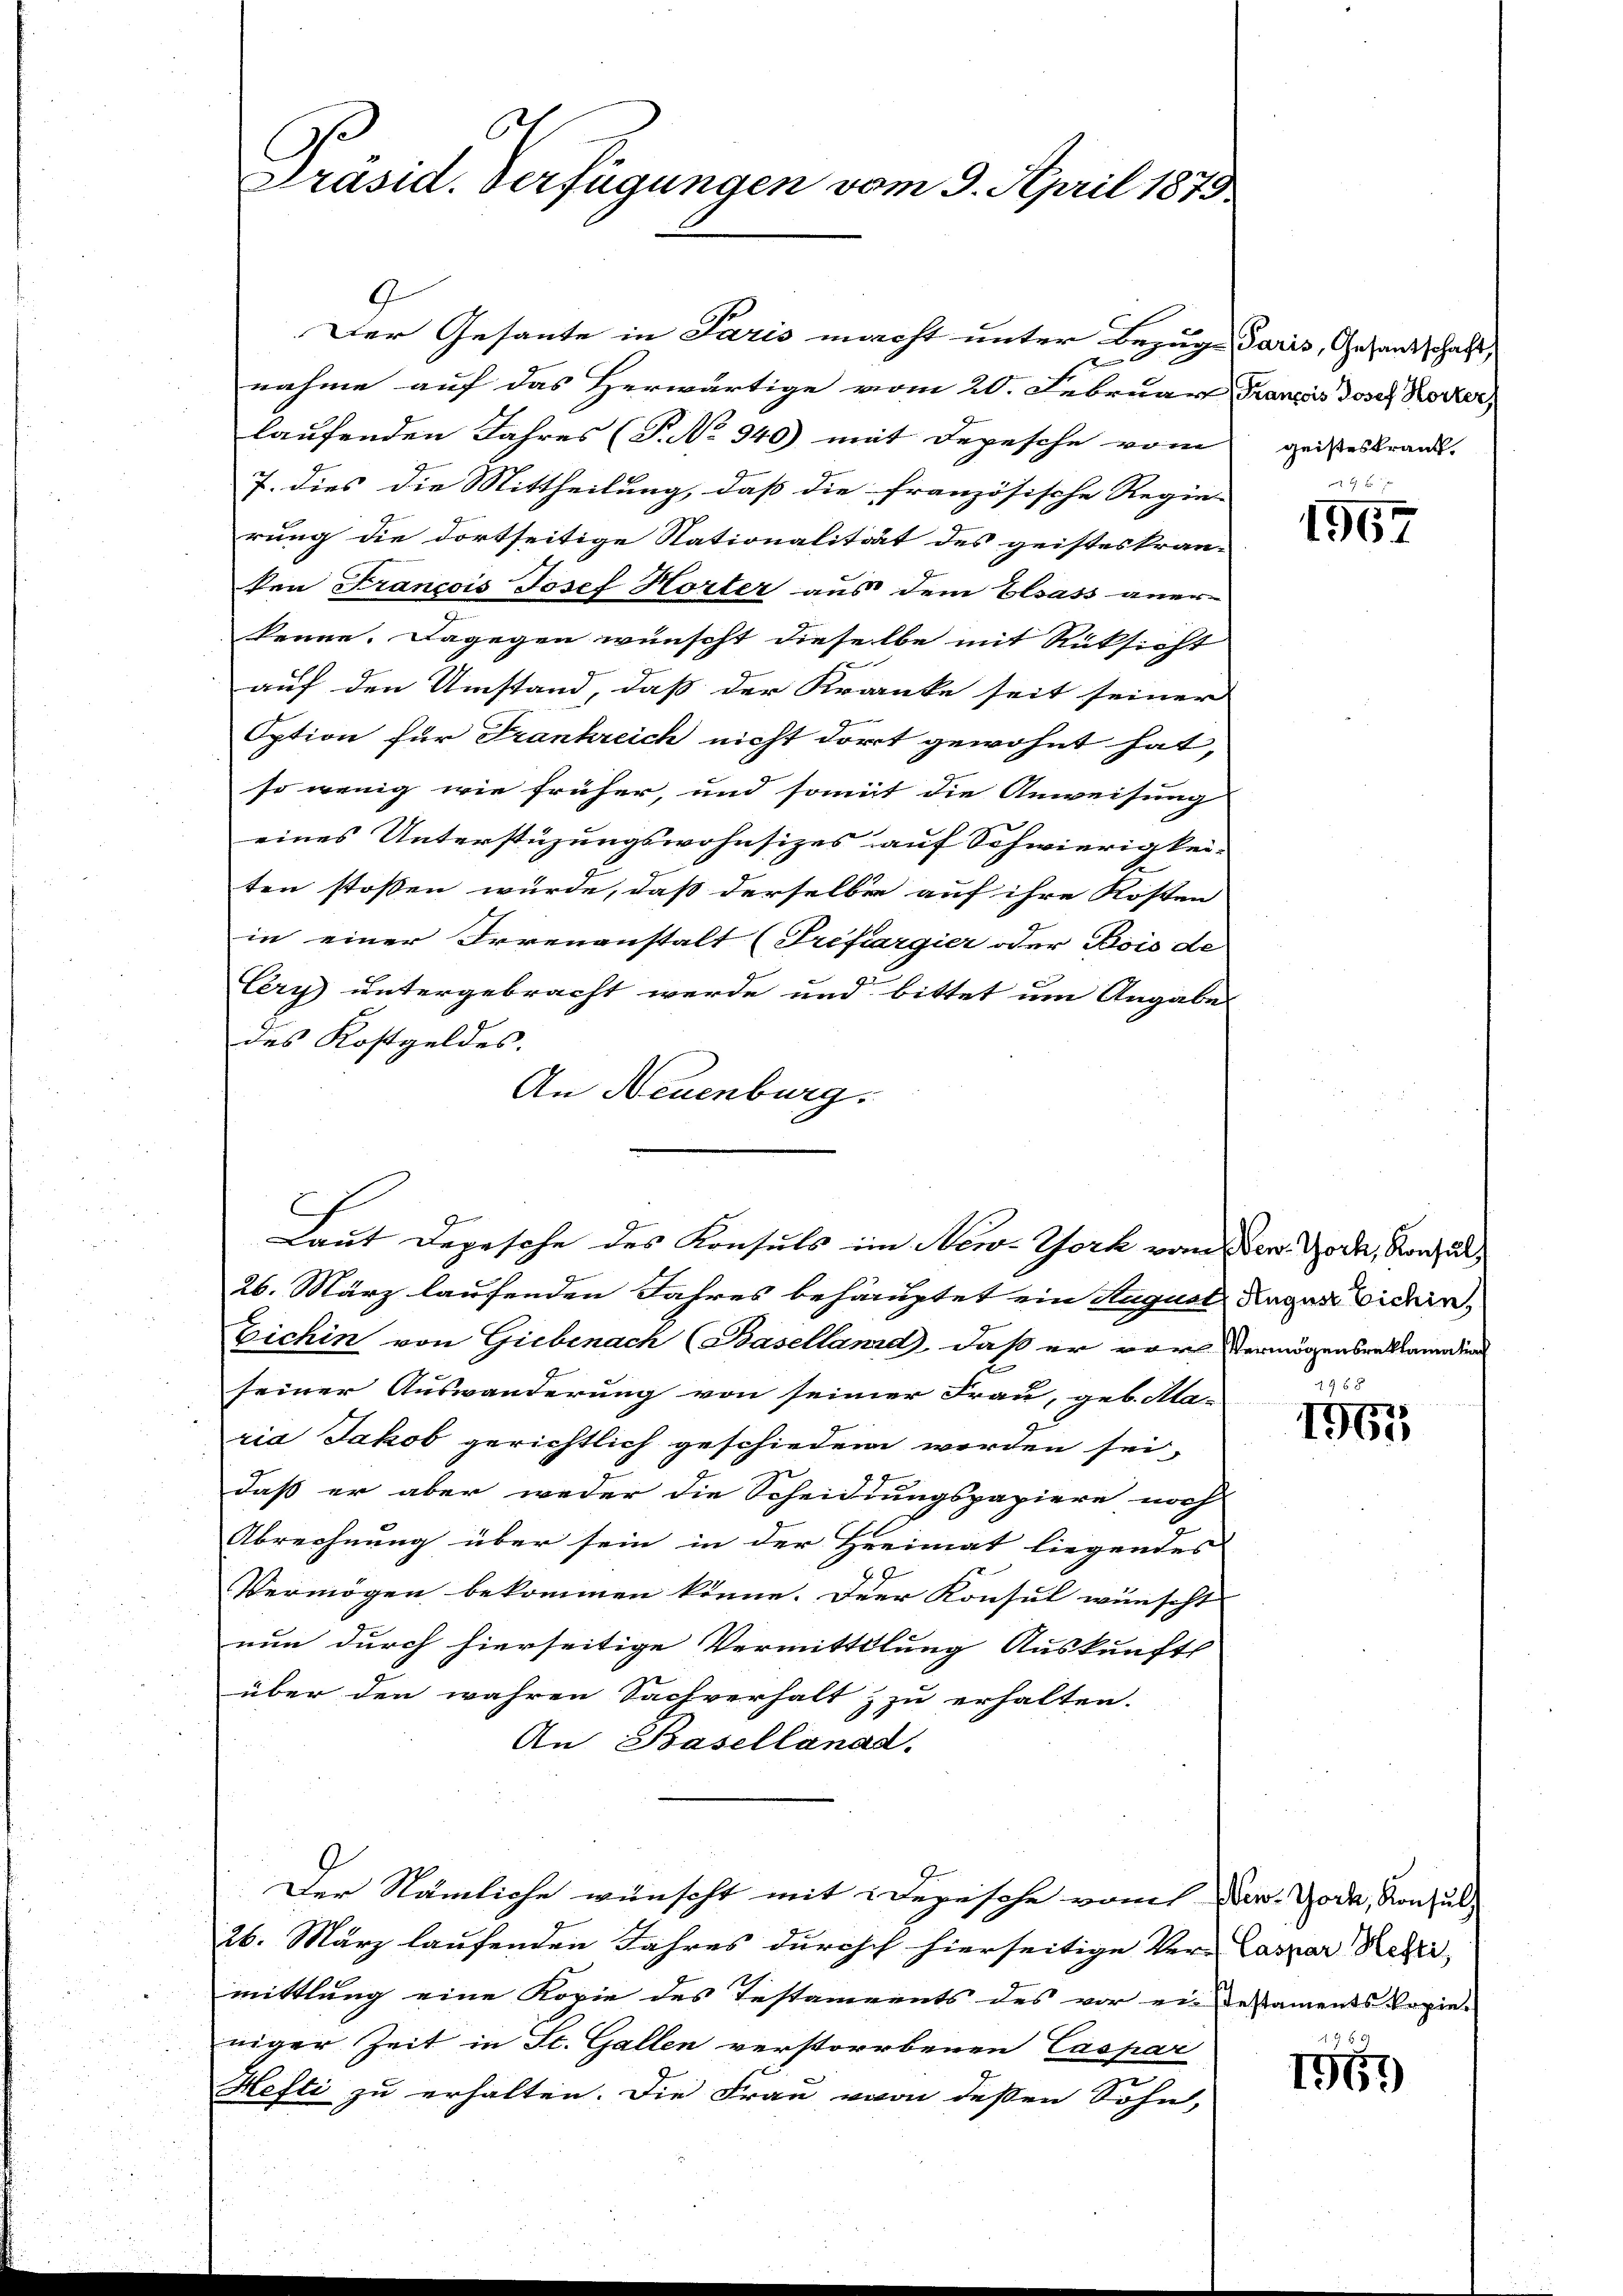
C.
Präsid. Verfügungen vom 9. April 1873

Der Gesante in Paris macht unter Bezug daris, Gesandschaft,
nahme auf das Herwärtige vom 20. Februar Franzes Josef Korrer
laufenden Jahres (P. No 340) mit Depesche vom
7. dies die Mittheilung, daß die französische Regie-
rung die dortseitige Stationalität des geisteskran-
ken Francois Josef Horter aus dem Elsass aner-
kenne. Dagegen wünscht dieselbe mit Rücksicht
auf den Umstand, daß der Kranke seit seiner
Option für Frankreich nicht dort gewohnt hat,
so wenig wie früher, und somit die Anweisung
eines Unterstüzungswohnsizes auf Schwierigkei-
ten stossen würde, daß derselben auf ihre Kosten
in einer Irrenanstalt (Trefiargier oder Bois de
Cery untergebracht werde und bittet um Angabe
des Kostgeldes.
An Neuenburg.
2
26. März laufenden Jahres behauptet ein August Regen widern,
Eichin von Giebenach (Baselland, daß er vor Vermögensreklamation
seiner Auswanderung von seiner Frau, geb. Ala-
ria Jakob gerichtlich geschieden werden sei,
daß er aber weder die Scheidungspapiere noch
Abrechnung über sein in der Hreimat liegendes
Vermögen bekommen könne. Der Konsul wünscht
nun durch hierseitige Vermittlung Auskunft
über den wahren Sachverhalt & zu erhalten.
An Basellanad.
Der Nämliche wünscht mit 2 Depesche vom Der. Woda, Konsul
26. März laufenden Jahres durchch hierseitige Veran Caspar Reter
mittlung eine Kopie des Testaments des vor ein Testaments Copieniger Zeit in St. Gallen verstorbenen Caspar
Hefti zu erhalten. Die Frau von deßen Sohn,

Laut Depesche des Konsuls im New-York von New York, Konsul

geisteskrank.

xx
1967

100
1967

19 f 5
1967)